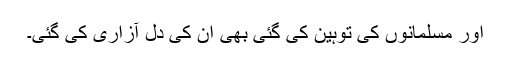
اور مسلمانوں کی توہین کی گئی بھی ان کی دل آزاری کی گئی۔